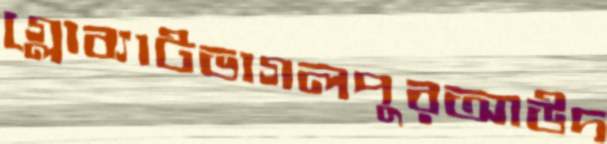
গ্লোব্যাটভাগলপুরআউদ